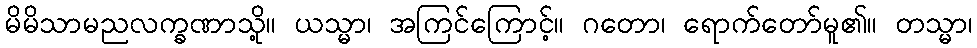
မိမိသာမညလက္ခဏာသို့။ ယသ္မာ၊ အကြင်ကြောင့်။ ဂတော၊ ရောက်တော်မူ၏။ တသ္မာ၊